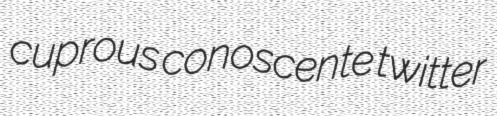
cuprous conoscente twitter